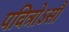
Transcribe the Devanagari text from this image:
पवित्रोऽसौ